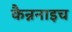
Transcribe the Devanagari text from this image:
कैन्ननाइच